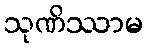
သုဏိဿာမ